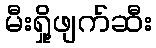
မီးရှို့ဖျက်ဆီး